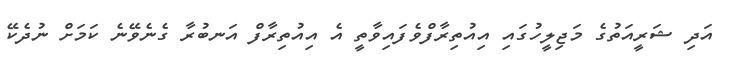
އަދި ޝަރީއަތުގެ މަޖިލީހުގައި އިއުތިރާފްވެފައިވާތީ އެ އިއުތިރާފް އަނބުރާ ގެނެވޭނެ ކަމަށް ނުދެކޭ